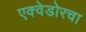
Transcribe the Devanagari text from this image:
एक्वेडोरचा